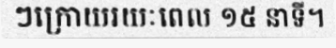
ៗក្រោយរយៈពេល ១៥ នាទី។